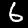
Label: 6